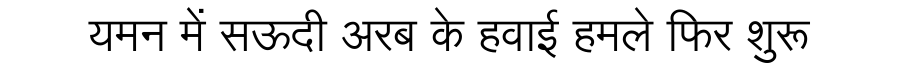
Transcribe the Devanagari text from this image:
यमन में सऊदी अरब के हवाई हमले फिर शुरू